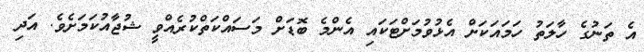
އެ ތަނުގެ ހާލަތު ހަމައަކަށް އެޅުވުމަށްޓަކައި އެންމެ ބޮޑަށް މަސައްކަތްކުރެއްވީ ޝުޖާއުކަމަަށެވެ. އަދި